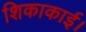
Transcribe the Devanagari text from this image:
शिकाकाई।